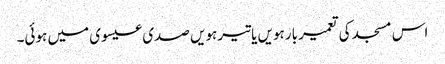
اس مسجد کی تعمیر بارہویں یا تیرہویں صدی عیسوی میں ہوئی۔